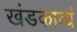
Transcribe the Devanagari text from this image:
खंडकाव्यं